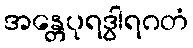
အန္တေပုရဒွါရဂတံ